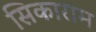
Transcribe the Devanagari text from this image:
सिकाराम